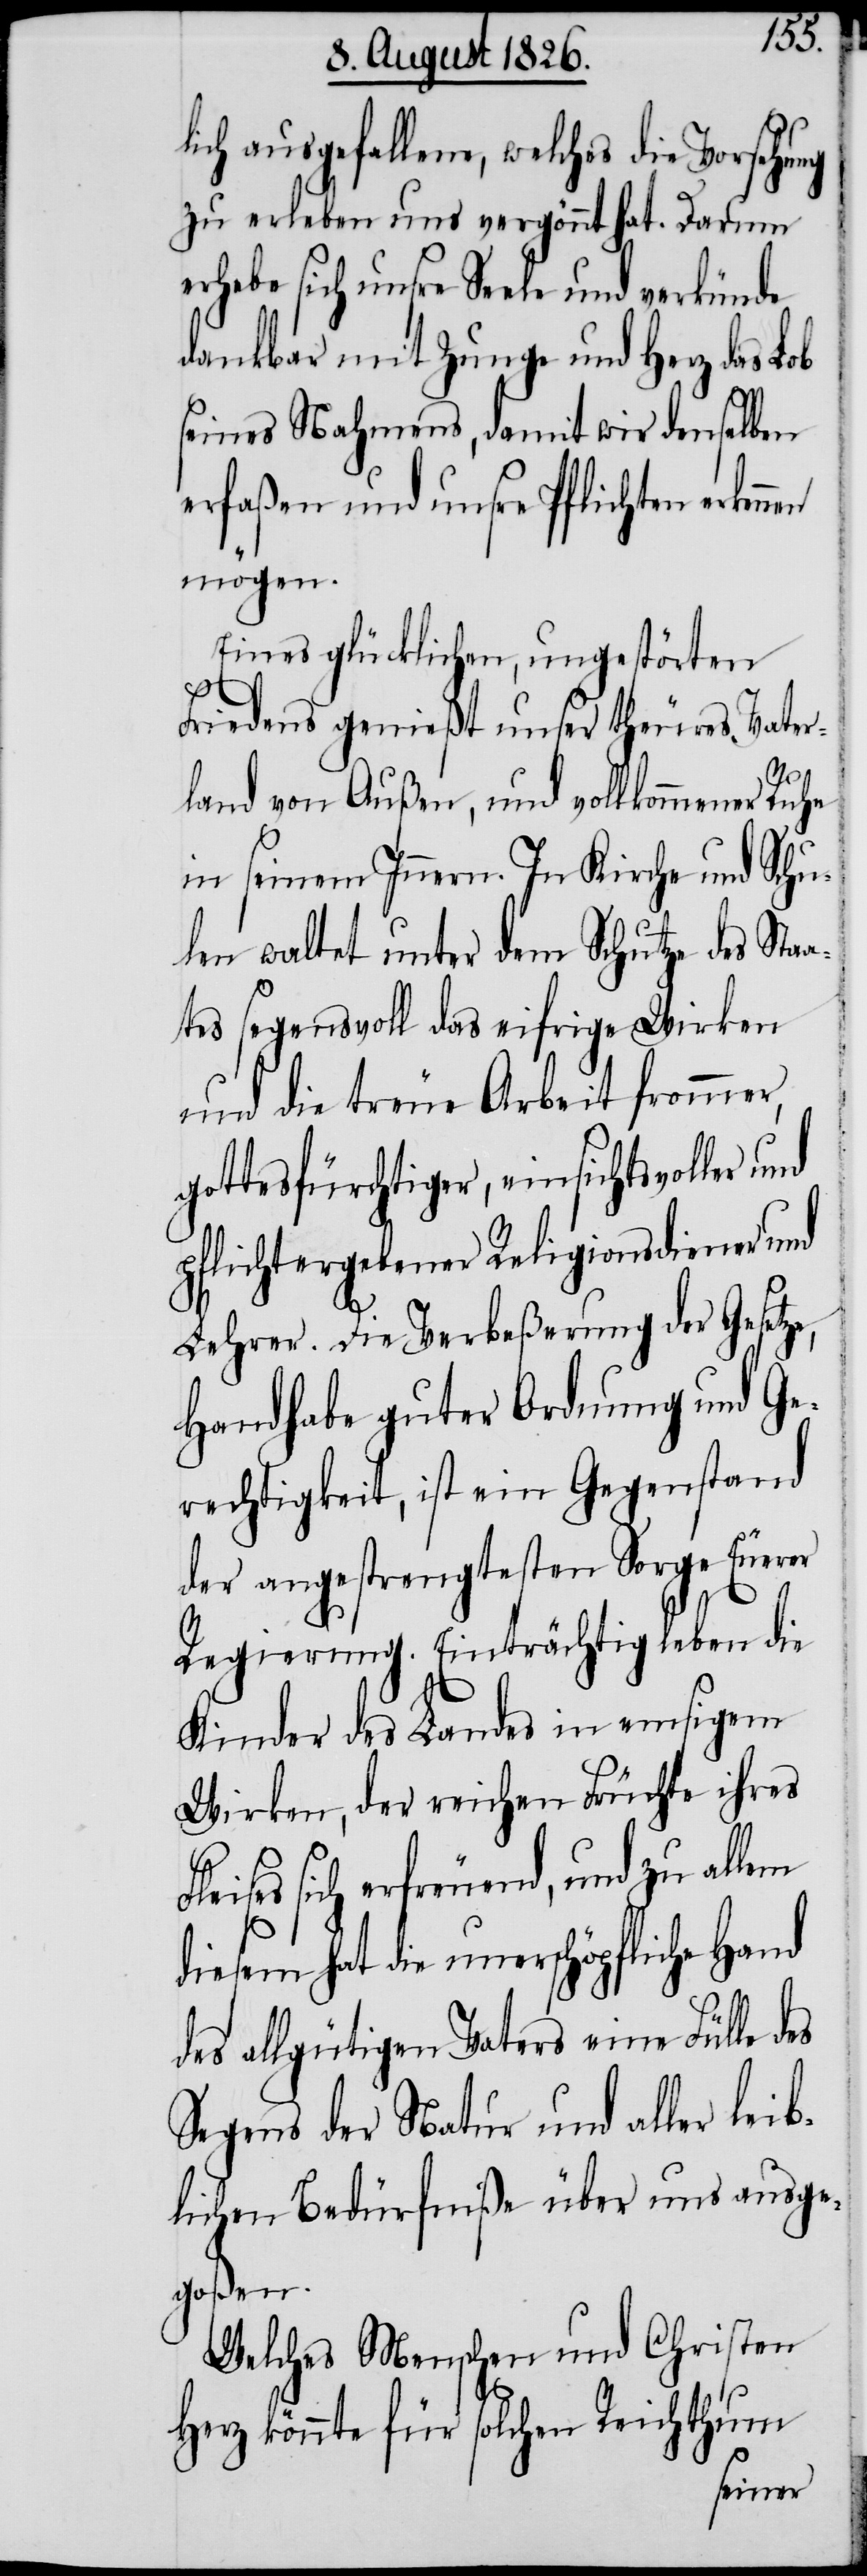
lich ausgefallene, welches die Vorsehung
zu erleben uns vergönnt hat. Darum
erhebe sich unsere Seele und verkünde
dankbar mit Zunge und Herz das Lob
seines Nahmens, damit wir denselben
erfaßen und unsre Pflichten erken¬
mögen.
Eines glücklichen, ungestörten
Friedens genießt unser theures Vater¬
Fleiß¬
land von Außen, und vollkommener Ruhe
in seinem Innern, in Kirche und Schu¬
len waltet unter dem Schutze des Sta¬
ates segensvoll das eifrige Wirken
und die treue Arbeit frommer,
gottesfürchtiger, einsichtsvoller und
pflichtergebener Religionsdiener und
Lehrer. Die Verbeßerung der Gesetze,
Handhabe guter Ordnung und Ge¬
rechtigkeit, ist ein Gegenstand
der angestrengtesten Sorge Euerer
Regierung. Einträchtig leben die
Kinder des Landes in emsigem
Wirken, der reichen Früchte ihres
es sich erfreuend, und zu allem
diesem hat die unerschöpfliche Hand
des allgütigen Vaters eine Fülle des
Segens der Natur und aller leib¬
lichen Bedürfniße über uns ausge¬
goßen.
Welches Menschen und Christen
Herz könnte für solchen Reichthum